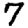
Digit: 7